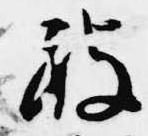
被